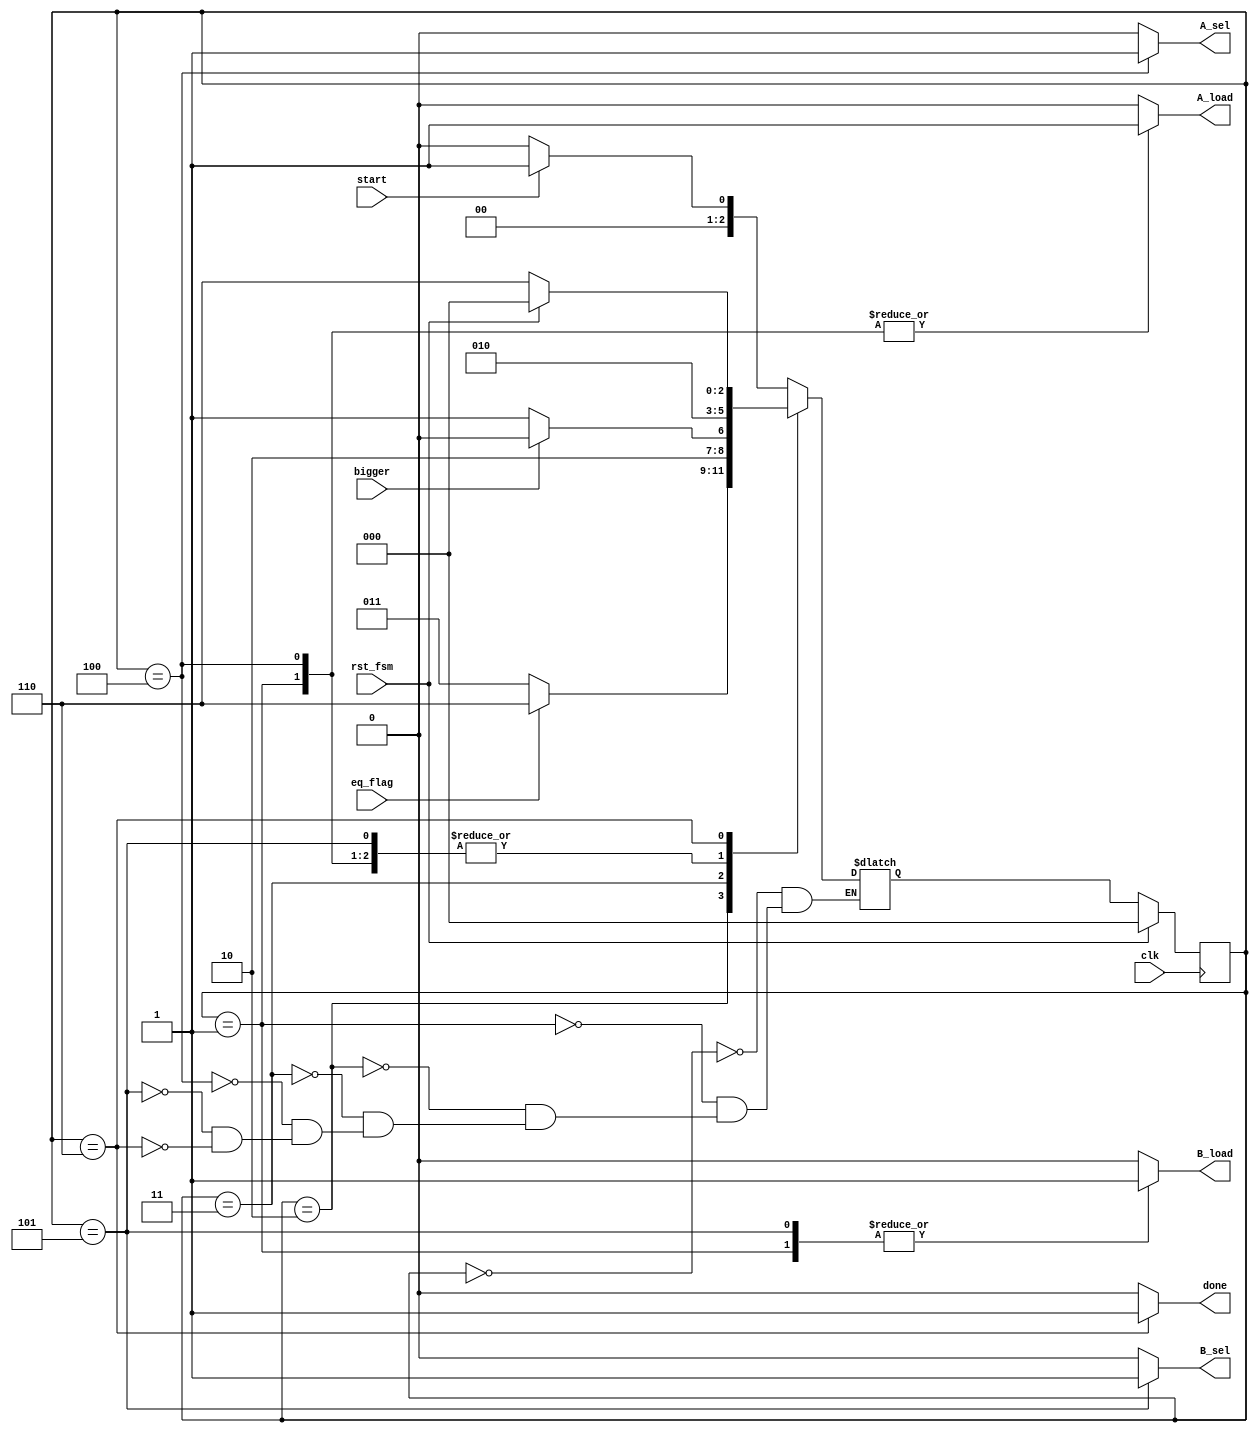
module gcd_controller (
	input rst_fsm,
	input clk,
	input start,
	input eq_flag,
	input bigger,
	output reg A_sel,
	output reg B_sel,
	output reg A_load,
	output reg B_load,
	output reg done
	);
	parameter state_reg_width = 3;
	parameter [state_reg_width -1 : 0] start_state = 0 ,
									   read = 1,
									   while_equal=2,
									   condition=3,
									   A_bigger = 4,
									   B_bigger = 5,
									   res =6;
									   
	reg [state_reg_width -1 : 0] curr_state , next_state ;
	
//state register
	always @(posedge clk)begin
		if(rst_fsm)
			begin
			curr_state <= start_state;
			end
		else 
			begin
			curr_state <= next_state;
			end
	end
//state logic
	always@(*)begin
	done=0;
	A_load=0;
	B_load=0;
	B_sel=0;
	A_sel=0;
		case(curr_state)
		start_state: 
		begin
			if (start) next_state = read;
			else next_state = start_state;
		end
		read: 
		begin
			A_sel=0;
			B_sel=0;
			A_load=1;
			B_load=1;
			next_state = while_equal;
		end
		while_equal:
		begin
			if (eq_flag) next_state = res;
			else next_state = condition;
		end
		condition:
		begin
			if (bigger) next_state = A_bigger;
			else next_state = B_bigger;
		end
		A_bigger:
		begin	
			done=0;
			A_load=1;
			A_sel=1;
			B_sel=0;
			B_load=0;
			next_state = while_equal;
		end
		B_bigger:
		begin	
			done=0;
			A_load=0;
			A_sel=0;
			B_sel=1;
			B_load=1;
			next_state = while_equal;
		end
		res:
		begin
			done = 1;
			if (rst_fsm) next_state = start_state;
			else next_state = res;
		end
		endcase
	end
endmodule